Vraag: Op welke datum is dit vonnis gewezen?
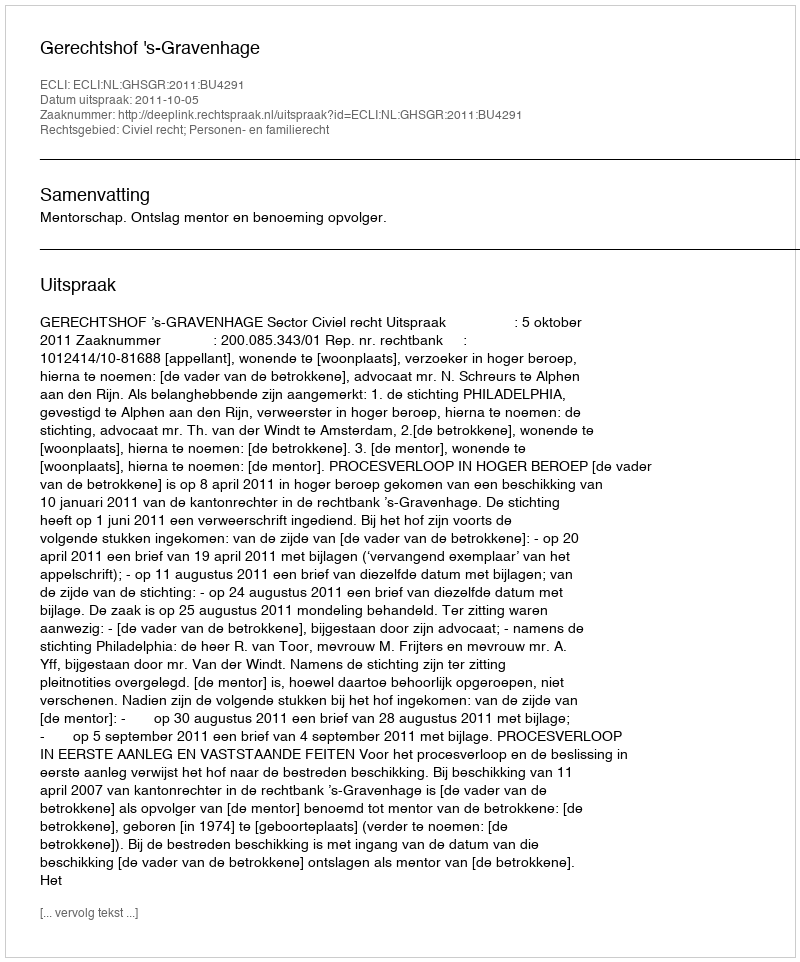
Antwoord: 2011-10-05